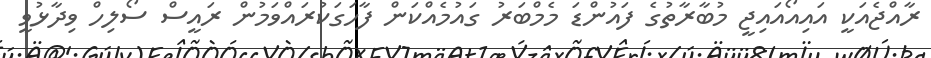
ރާއްޖެއަކީ އައިއޯއައިޖީ މުބާރާތުގެ ފައުންޑަ މެމްބަރު ގައުމެއްކަން ފާހަގަކުރައްވަމުން ރައީސް ސޯލިހް ވިދާޅުވީ